Report on horse surra - Volume II, Part I
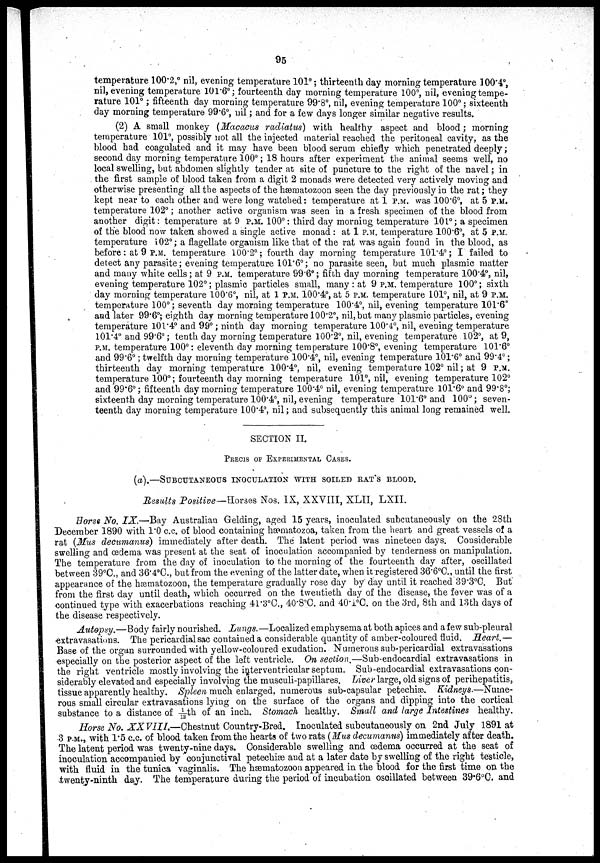
95
temperature 100.2,° nil, evening temperature 101°; thirteenth day morning temperature 100.4°,
nil, evening temperature 101.6°; fourteenth day morning temperature 100°, nil, evening tempe-
rature 101°; fifteenth day morning temperature 99.8°, nil, evening temperature 100°; sixteenth
day morning temperature 99.6°, nil; and for a few days longer similar negative results.
(2) A small monkey (Macacus radiatus) with healthy aspect and blood; morning
temperature 101°, possibly not all the injected material reached the peritoneal cavity, as the
blood had coagulated and it may have been blood serum chiefly which penetrated deeply;
second day morning temperature 100°; 18 hours after experiment the animal seems well, no
local swelling, but abdomen slightly tender at site of puncture to the right of the navel; in
the first sample of blood taken from a digit 2 monads were detected very actively moving and
otherwise presenting all the aspects of the hæmatozoon seen the day previously in the rat; they
kept near to each other and were long watched: temperature at 1 P.M. was 100.6°, at 5 P.M.
temperature 102°; another active organism was seen in a fresh specimen of the blood from
another digit: temperature at 9 P.M. 100°: third day morning temperature 101°; a specimen
of the blood now taken showed a single active monad : at 1 P.M. temperature 100.6°, at 5 P.M.
temperature 102°; a flagellate organism like that of the rat was again found in the blood, as
before: at 9 P.M.. temperature 100.2°; fourth day morning temperature 101.4°; I failed to
detect any parasite; evening temperature 101.6°; no parasite seen, but much plasmic matter
and many white cells; at 9 P.M. temperature 99.6°; fifth day morning temperature 100.4°, nil,
evening temperature 102°; plasmic particles small, many : at 9 P.M. temperature 100°; sixth
day morning temperature 100.6°, nil, at 1 P.M. 100.4°, at 5 P.M. temperature 101°, nil, at 9 P.M.
temperature 100°; seventh day morning temperature 100.4°, nil, evening temperature 101.6°
and later 99.6°; eighth day morning temperature 100.2°, nil, but many plasmic particles, evening
temperature 101.4° and 99°; ninth day morning temperature 100.4°, nil, evening temperature
101.4° and 99.6°; tenth day morning temperature 100.2°, nil, evening temperature 102°, at 9,
P.M. temperature 100°: eleventh day morning temperature 100.8°, evening temperature 101.6°
and 99.6°; twelfth day morning temperature 100.4°, nil, evening temperature 101.6° and 99.4°;
thirteenth day morning temperature 100.4°, nil, evening temperature 102° nil; at 9 P.M.
temperature 100°; fourteenth day morning temperature 101°, nil, evening temperature 102°
and 99.6°; fifteenth day morning temperature 100.4° nil, evening temperature 101.6° and 99.8°;
sixteenth day morning temperature 100.4°, nil, evening temperature 101.6° and 100°; seven-
teenth day morning temperature 100.4°, nil; and subsequently this animal long remained well.
SECTION II.
PRECIS OF EXPERIMENTAL CASES.
(a).—SUBCUTANEOUS INOCULATION WITH SOILED RAT'S BLOOD.
Results Positive—Horses Nos. IX, XXVIII, XLII, LXII.
Horse No. IX.—Bay Australian Gelding, aged 15 years, inoculated subcutaneously on the 28th
December 1890 with 1.0 c.c. of blood containing hæmatozoa, taken from the heart and great vessels of a
rat (Mus decumanus) immediately after death. The latent period was nineteen days. Considerable
swelling and œdema was present at the seat of inoculation accompanied by tenderness on manipulation.
The temperature from the day of inoculation to the morning of the fourteenth day after, oscillated
between 39°C., and 36.4°C., but from the evening of the latter date, when it registered 36.6°C., until the first
appearance of the hæmatozoon, the temperature gradually rose day by day until it reached 39.3°C. But
from the first day until death, which occurred on the twentieth day of the disease, the fever was of a
continued type with exacerbations reaching 41.3°C., 40.8°C. and 40.1°C. on the 3rd, 8th and 13th days of
the disease respectively.
Autopsy.—Body fairly nourished. Lungs. —Localized emphysema at both apices and a few sub-pleural
extravasations. The pericardial sac contained a considerable quantity of amber-coloured fluid. Heart.—
Base of the organ surrounded with yellow-coloured exudation. Numerous sub-pericardial extravasations
especially on the posterior aspect of the left ventricle. On section.—Sub-endocardial extravasations in
the right ventricle mostly involving the interventricular septum. Sub-endocardial extravasations con-
siderably elevated and especially involving the musculi-papillares. Liver large, old signs of perihepatitis,
tissue apparently healthy. Spleen much enlarged, numerous sub-capsular petechiæ. Kidneys.—Nume-
rous small circular extravasations lying on the surface of the organs and dipping into the cortical
substance to a distance of 1/12th of an inch. Stomach healthy. Small and large Intestines healthy.
Horse No. XX VIII.—Chestnut Country-Bred. Inoculated subcutaneously on 2nd July 1891 at
3 P.M., with 1.5 c.c. of blood taken from the hearts of two rats (Mus decumanus) immediately after death.
The latent period was twenty-nine days. Considerable swelling and œdema occurred at the seat of
inoculation accompanied by conjunctival petechiæ and at a later date by swelling of the right testicle,
with fluid in the tunica vaginalis. The hæmatozoon appeared in the blood for the first time on the
twenty-ninth day. The temperature during the period of incubation oscillated between 39.6°C. and